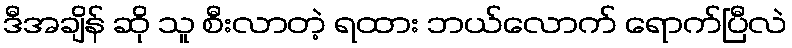
ဒီအချိန် ဆို သူ စီးလာတဲ့ ရထား ဘယ်လောက် ရောက်ပြီလဲ